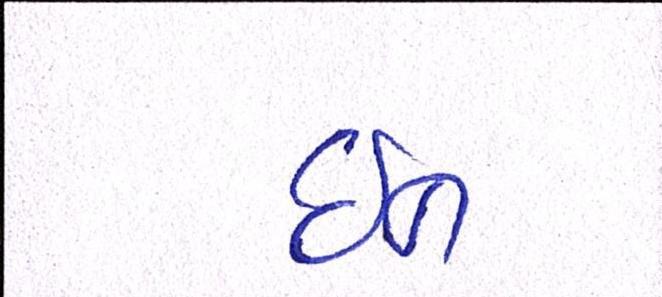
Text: ઇન